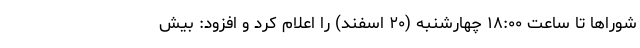
شوراها تا ساعت ۱۸:۰۰ چهارشنبه (۲۰ اسفند) را اعلام کرد و افزود: بیش